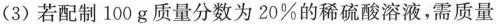
(3)若配制100g质量分数为20\%的稀硫酸溶液，需质量